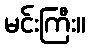
မင်းကြီး။